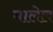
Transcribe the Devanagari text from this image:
घालेल